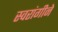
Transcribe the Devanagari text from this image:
स्वरांगीने